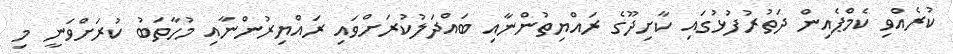
ކުރެއްވި ކެމްޕެއިން ދަތުރުފުޅުގައި ކާށިދޫގެ ރައްޔިތުންނާއި ބައްދަލުކުރަށްވައި ރައްޔިރުންނާއި މުހާތަބު ކުރަށްވަނީ މި